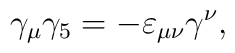
\gamma_{\mu}\gamma_{5} = -\varepsilon_{\mu \nu} \gamma^{\nu},